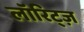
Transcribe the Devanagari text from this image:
लॉरिट्ज़